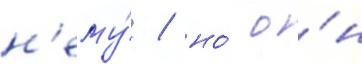
н'ему́ / но́ о́н